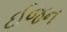
ઈજન